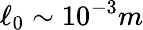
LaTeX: \ell_{0}\sim 10^{-3}m